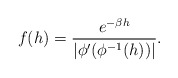
\begin{align*} f(h)=\frac{e^{-\beta h}}{\left|\phi'(\phi^{-1}(h))\right|}.\end{align*}